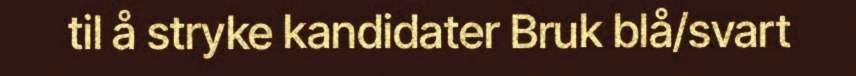
til å stryke kandidater Bruk blå/svart